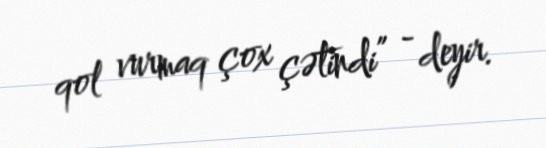
qol vurmaq çox çətindi” - deyir.